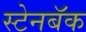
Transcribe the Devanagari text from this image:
स्टेनबॅक